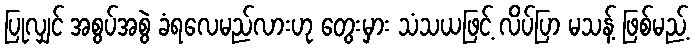
ပြုလျှင် အစွပ်အစွဲ ခံရလေမည်လားဟု တွေးမှား သံသယဖြင့် လိပ်ပြာ မသန့် ဖြစ်မည့်